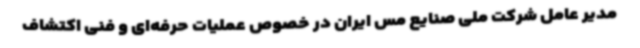
مدیر عامل شرکت ملی صنایع مس ایران در خصوص عملیات حرفه‌ای و فنی اکتشاف